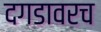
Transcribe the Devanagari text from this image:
दगडावरच